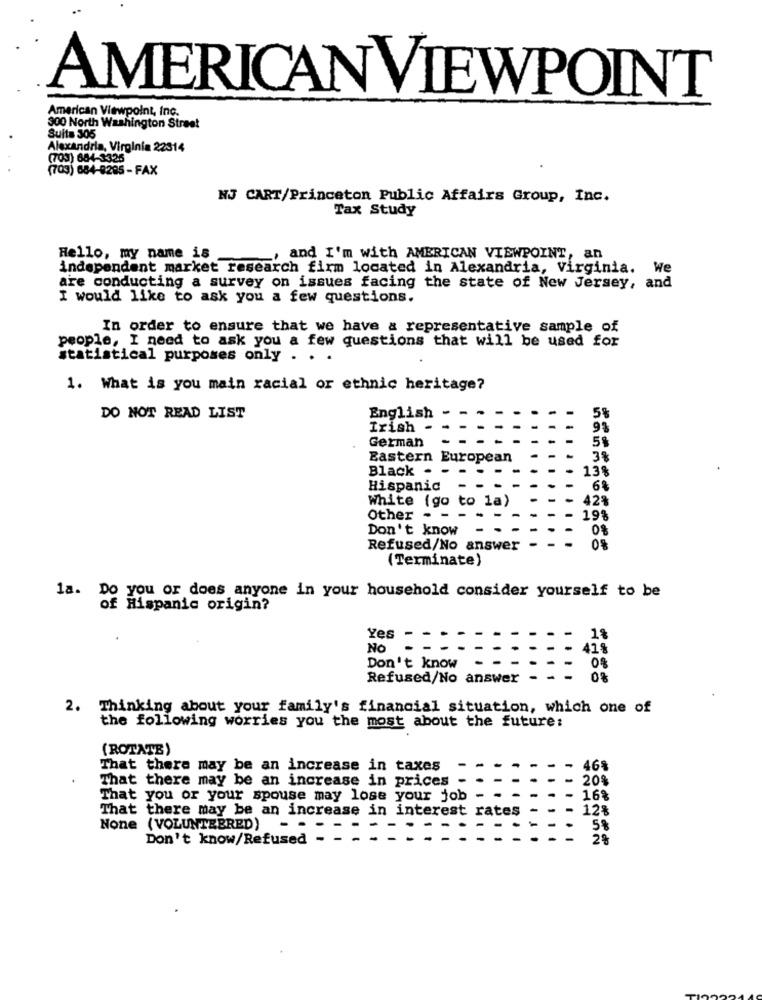
AMERICANVIEWPOINT
American Viewpoint, Inc.
300 North Washington Street
Suits 305
Alexandria, Virginia 22314
(703) 684-3325
(703) 684-8285 - FAX
NJ CART/Princeton Public Affairs Group, Inc.
Tax Study
Hello, my name is
_, and I'm with AMERICAN VIEWPOINT, an
independent market research firm located in Alexandria, Virginia. We
are conducting a survey on issues facing the state of New Jersey, and
I would like to ask you a few questions.
In order to ensure that we have a representative sample of
people, I need to ask you a few questions that will be used for
statistical purposes only .
1. What is you main racial or ethnic heritage?
DO NOT READ LIST
English
5%
Irish
German
Eastern European
3%
Black -
13%
Hispanic
6%
White (go to la)
42%
Other - -
198
Don't know
0%
Refused/No answer
(Terminate)
la. Do you or does anyone in your household consider yourself to be
of Hispanic origin?
Yes
1%
No
41%
0%
Don't know
Refused/No answer
2. Thinking about your family's financial situation, which one of
the following worries you the most about the future:
(ROTATE)
That there may be an increase in taxes
46$
That there may be an increase in prices
- 20%
That you or your spouse may lose your job -
- 16%
That there may be an increase in interest rates
128
None (VOLUNTEERED)
5%
Don't know/Refused
2%